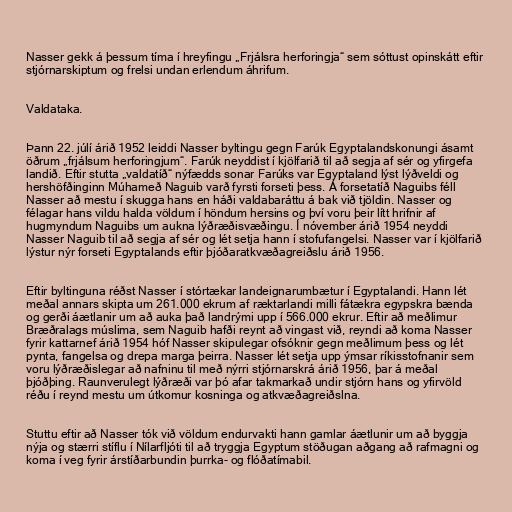
Nasser gekk á þessum tíma í hreyfingu „Frjálsra herforingja“ sem sóttust opinskátt eftir
stjórnarskiptum og frelsi undan erlendum áhrifum.

Valdataka.

Þann 22. júlí árið 1952 leiddi Nasser byltingu gegn Farúk Egyptalandskonungi ásamt
öðrum „frjálsum herforingjum“. Farúk neyddist í kjölfarið til að segja af sér og yfirgefa
landið. Eftir stutta „valdatíð“ nýfædds sonar Farúks var Egyptaland lýst lýðveldi og
hershöfðinginn Múhameð Naguib varð fyrsti forseti þess. Á forsetatíð Naguibs féll
Nasser að mestu í skugga hans en háði valdabaráttu á bak við tjöldin. Nasser og
félagar hans vildu halda völdum í höndum hersins og því voru þeir lítt hrifnir af
hugmyndum Naguibs um aukna lýðræðisvæðingu. Í nóvember árið 1954 neyddi
Nasser Naguib til að segja af sér og lét setja hann í stofufangelsi. Nasser var í kjölfarið
lýstur nýr forseti Egyptalands eftir þjóðaratkvæðagreiðslu árið 1956.

Eftir byltinguna réðst Nasser í stórtækar landeignarumbætur í Egyptalandi. Hann lét
meðal annars skipta um 261.000 ekrum af ræktarlandi milli fátækra egypskra bænda
og gerði áætlanir um að auka það landrými upp í 566.000 ekrur. Eftir að meðlimur
Bræðralags múslima, sem Naguib hafði reynt að vingast við, reyndi að koma Nasser
fyrir kattarnef árið 1954 hóf Nasser skipulegar ofsóknir gegn meðlimum þess og lét
pynta, fangelsa og drepa marga þeirra. Nasser lét setja upp ýmsar ríkisstofnanir sem
voru lýðræðislegar að nafninu til með nýrri stjórnarskrá árið 1956, þar á meðal
þjóðþing. Raunverulegt lýðræði var þó afar takmarkað undir stjórn hans og yfirvöld
réðu í reynd mestu um útkomur kosninga og atkvæðagreiðslna.

Stuttu eftir að Nasser tók við völdum endurvakti hann gamlar áætlunir um að byggja
nýja og stærri stíflu í Nílarfljóti til að tryggja Egyptum stöðugan aðgang að rafmagni og
koma í veg fyrir árstíðarbundin þurrka- og flóðatímabil.